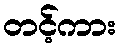
တင့်ကား